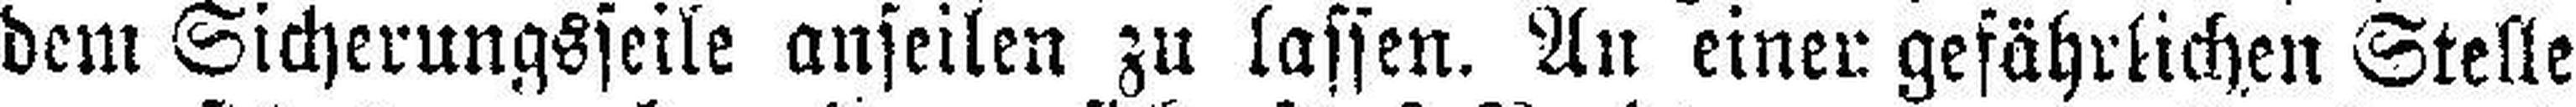
dem Sicherungsseile anseilen zu lassen. An einer gefährlichen Stelle